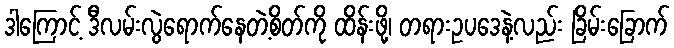
ဒါကြောင့် ဒီလမ်းလွဲရောက်နေတဲ့စိတ်ကို ထိန်းဖို့၊ တရားဥပဒေနဲ့လည်း ခြိမ်းခြောက်